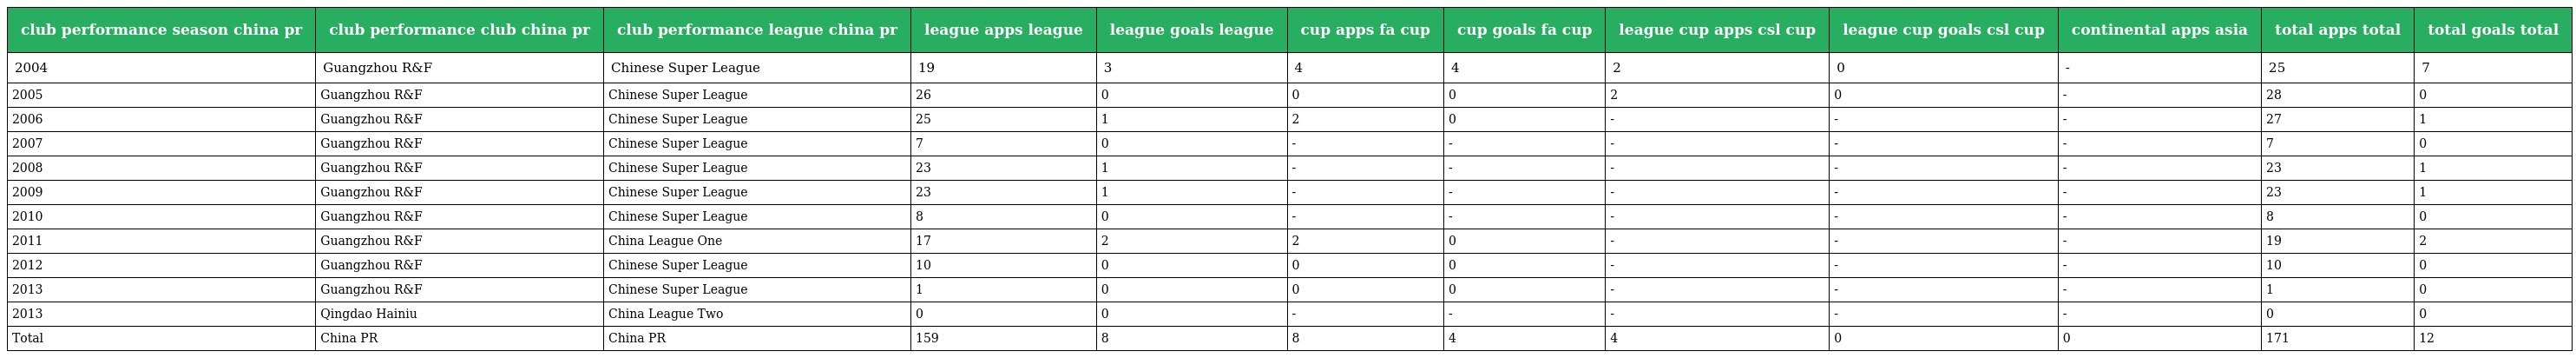
| club performance season china pr | club performance club china pr | club performance league china pr | league apps league | league goals league | cup apps fa cup | cup goals fa cup | league cup apps csl cup | league cup goals csl cup | continental apps asia | total apps total | total goals total |
 | --- | --- | --- | --- | --- | --- | --- | --- | --- | --- | --- | --- |
 | 2004 | Guangzhou R&F | Chinese Super League | 19 | 3 | 4 | 4 | 2 | 0 | - | 25 | 7 |
 | 2005 | Guangzhou R&F | Chinese Super League | 26 | 0 | 0 | 0 | 2 | 0 | - | 28 | 0 |
 | 2006 | Guangzhou R&F | Chinese Super League | 25 | 1 | 2 | 0 | - | - | - | 27 | 1 |
 | 2007 | Guangzhou R&F | Chinese Super League | 7 | 0 | - | - | - | - | - | 7 | 0 |
 | 2008 | Guangzhou R&F | Chinese Super League | 23 | 1 | - | - | - | - | - | 23 | 1 |
 | 2009 | Guangzhou R&F | Chinese Super League | 23 | 1 | - | - | - | - | - | 23 | 1 |
 | 2010 | Guangzhou R&F | Chinese Super League | 8 | 0 | - | - | - | - | - | 8 | 0 |
 | 2011 | Guangzhou R&F | China League One | 17 | 2 | 2 | 0 | - | - | - | 19 | 2 |
 | 2012 | Guangzhou R&F | Chinese Super League | 10 | 0 | 0 | 0 | - | - | - | 10 | 0 |
 | 2013 | Guangzhou R&F | Chinese Super League | 1 | 0 | 0 | 0 | - | - | - | 1 | 0 |
 | 2013 | Qingdao Hainiu | China League Two | 0 | 0 | - | - | - | - | - | 0 | 0 |
 | Total | China PR | China PR | 159 | 8 | 8 | 4 | 4 | 0 | 0 | 171 | 12 |